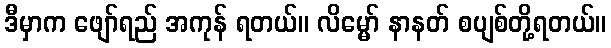
ဒီမှာက ဖျော်ရည် အကုန် ရတယ်။ လိမ္မော် နာနတ် စပျစ်တို့ရတယ်။